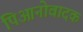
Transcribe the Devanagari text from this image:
पिआनोवादक